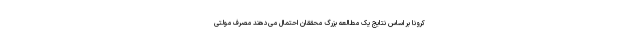
کرونا بر اساس نتایج یک مطالعه بزرگ محققان احتمال می‌دهند مصرف مولتی